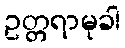
ဥတ္တရာမုခါ